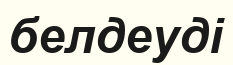
белдеуді